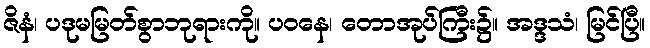
ဇိနံ၊ ပဒုမမြတ်စွာဘုရားကို။ ပဝနေ၊ တောအုပ်ကြီး၌။ အဒ္ဒသံ၊ မြင်ပြီ။